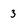
Character: 3